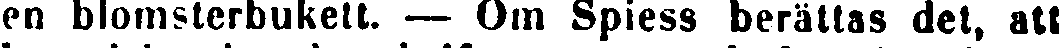
en blomsterbukett. — Om Spiess berättas det, att